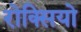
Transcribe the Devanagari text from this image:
रोक्सियो